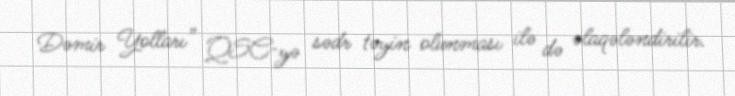
Dəmir Yolları” QSC-yə sədr təyin olunması ilə də əlaqələndirilir.